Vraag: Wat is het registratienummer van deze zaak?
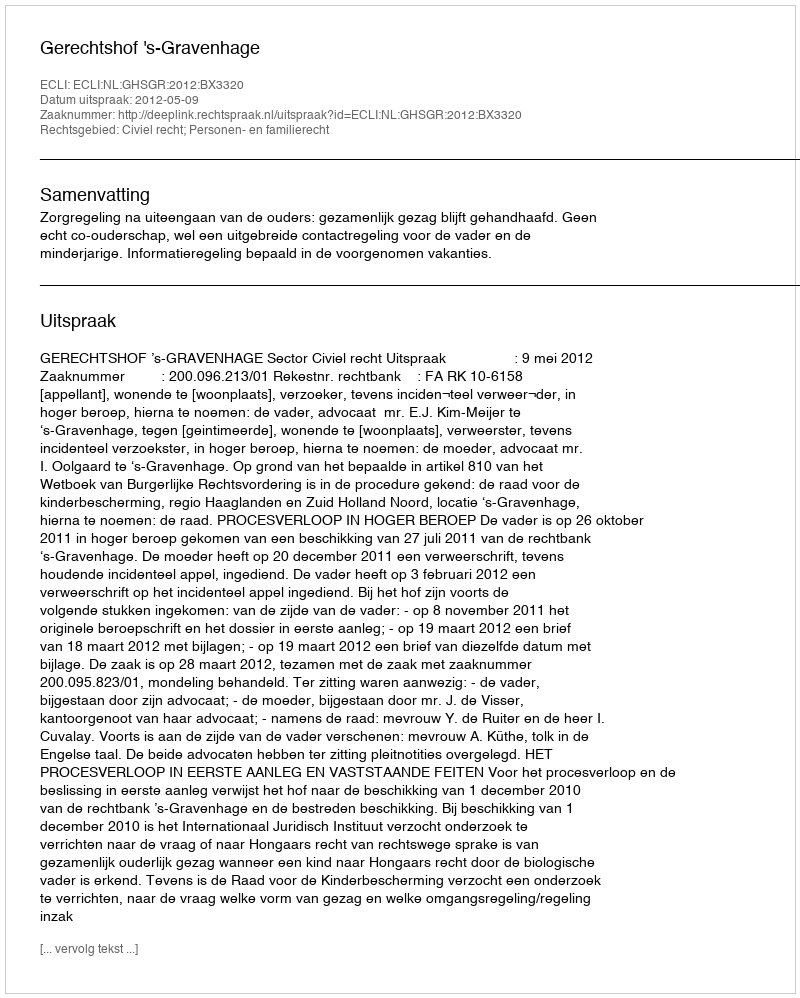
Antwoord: http://deeplink.rechtspraak.nl/uitspraak?id=ECLI:NL:GHSGR:2012:BX3320